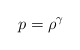
\begin{align*}p=\rho^{\gamma} \end{align*}